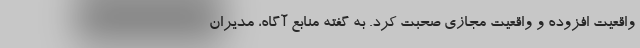
واقعیت افزوده و واقعیت مجازی صحبت کرد. به گفته منابع آگاه، مدیران